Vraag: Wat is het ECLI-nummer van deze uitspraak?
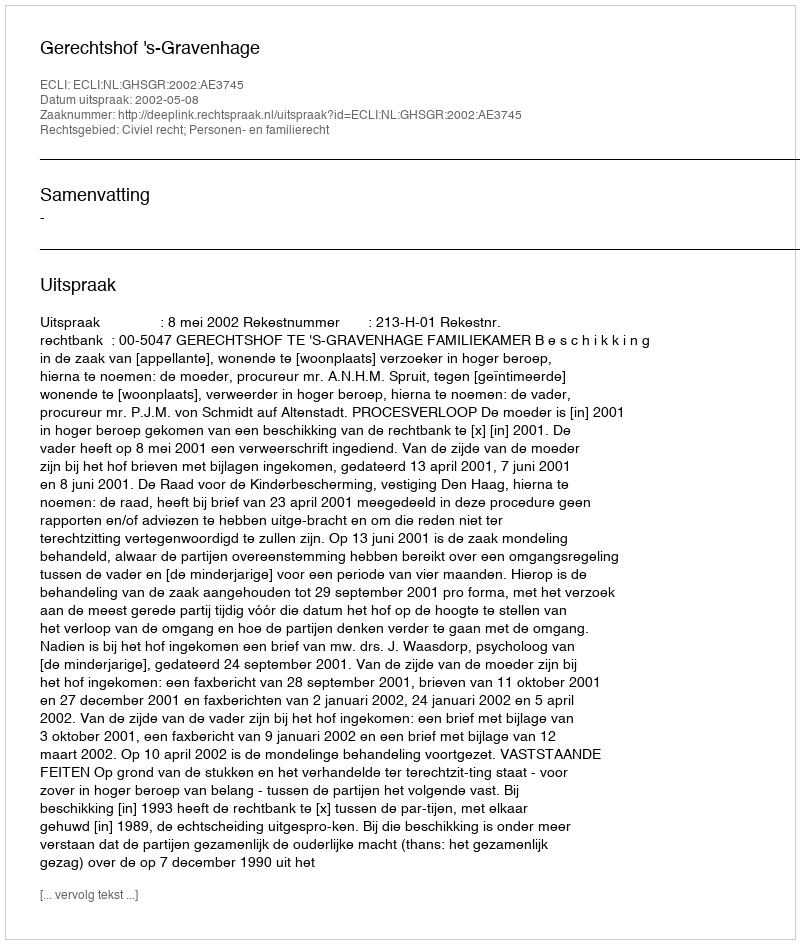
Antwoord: ECLI:NL:GHSGR:2002:AE3745